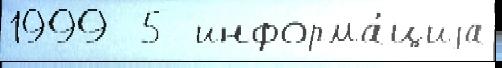
1999  5 информа́циjа